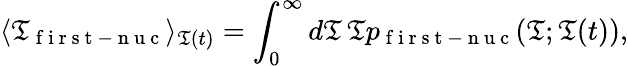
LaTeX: \langle\mathfrak{T}_{\mathrm{{~f~i~r~s~t~-~n~u~c~}}}\rangle_{\mathfrak{T}(t)}=\int_{0}^{\infty}d\mathfrak{T}\, \mathfrak{T}p_{\mathrm{{~f~i~r~s~t~-~n~u~c~}}}(\mathfrak{T};\mathfrak{T}(t)),